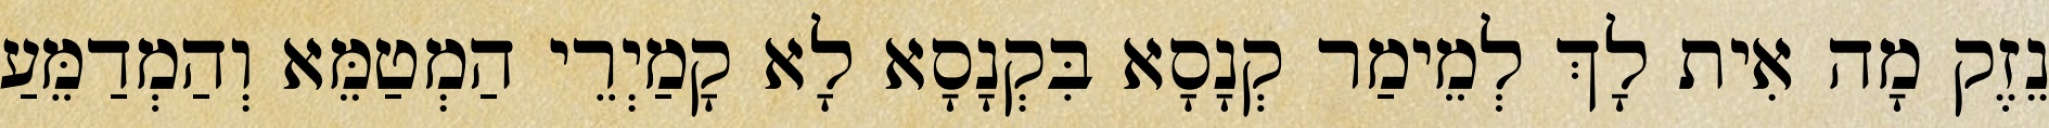
נֵזֶק מָה אִית לָךְ לְמֵימַר קְנָסָא בִּקְנָסָא לָא קָמַיְרֵי הַמְטַמֵּא וְהַמְדַמֵּעַ